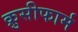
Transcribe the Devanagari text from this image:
क्रुसीफार्म